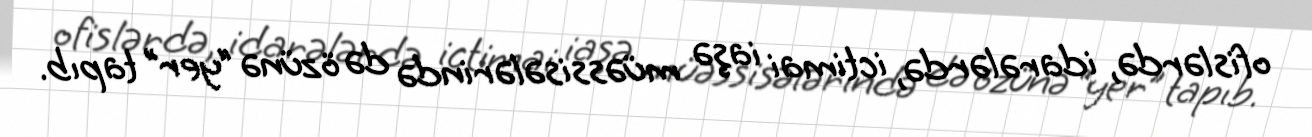
ofislərdə, idarələrdə, ictimai iaşə müəssisələrində də özünə “yer” tapıb.